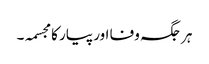
ہر جگہ وفا اور پیار کا مجسمہ۔